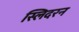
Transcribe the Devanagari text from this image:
स्लिदरन